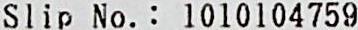
SLIP NO. : 1010104759